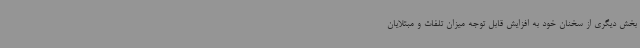
بخش دیگری از سخنان خود به افزایش قابل توجه میزان تلفات و مبتلایان